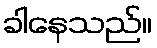
ခါနေသည်။